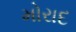
મોરાદ